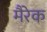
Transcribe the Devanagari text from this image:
मैरेक